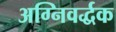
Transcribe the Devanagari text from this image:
अग्निवर्द्धक